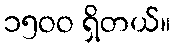
၁၅ဝဝ ရှိတယ်။